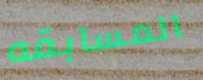
المسابقه